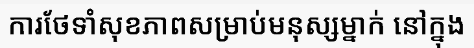
ការថែទាំសុខភាពសម្រាប់មនុស្សម្នាក់ នៅក្នុង